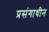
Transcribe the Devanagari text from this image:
प्रसंगाधीन